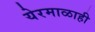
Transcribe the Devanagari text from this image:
येरमाळाही